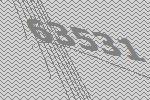
63531